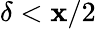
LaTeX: \delta<\mathbf{x}/2